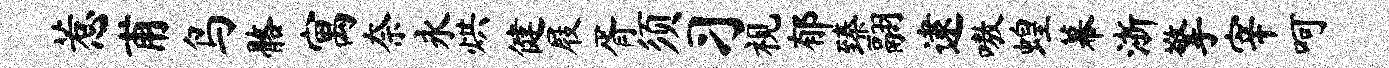
惹甫鸟髂寓奈永烘健屐胥须习视郁臻翮逮嗷蝗幕浙擎宰呵